Black-water fever - Number 35
Disease focus: Fever
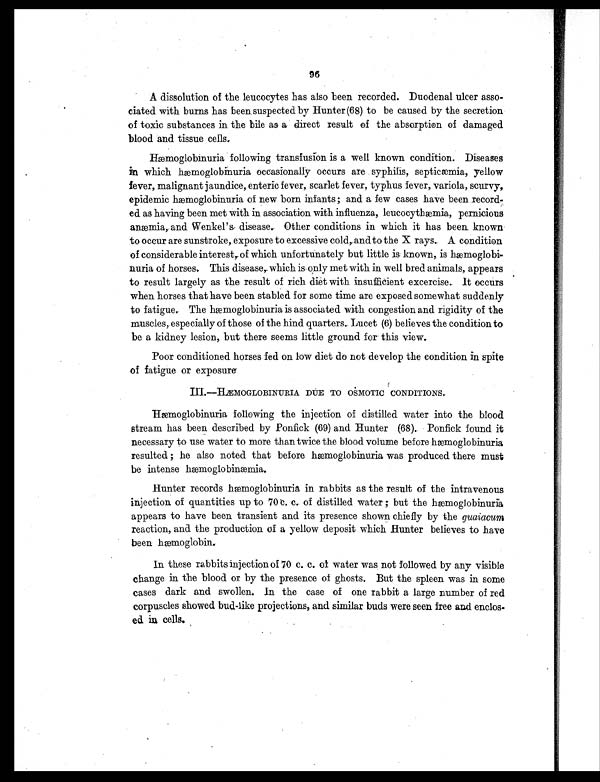
A dissolution of the leucocytes has also been recorded. Duodenal ulcer asso-
ciated with burns has been suspected by Hunter (68) to be caused by the secretion
of toxic substances in the bile as a direct result of the absorption of damaged
blood and tissue cells.
Hæmoglobinuria following transfusion is a well known condition. Diseases
in which hæmoglobinuria occasionally occurs are syphilis, septicæmia, yellow
fever, malignant jaundice, enteric fever, scarlet fever, typhus fever, variola, scurvy,
epidemic hæmoglobinuria of new born infants ; and a few cases have been record-
ed as having been met with in association with influenza, leucocythæmia, pernicious
anæmia, and Wenkel's disease. Other conditions in which it has been known
to occur are sunstroke, exposure to excessive cold, and to the X rays. A condition
of considerable interest, of which unfortunately but little is known, is hæmoglobi-
nuria of horses. This disease, which is only met with in well bred animals, appears
to result largely as the result of rich diet with insufficient excercise. It occurs
when horses that have been stabled for some time are exposed somewhat suddenly
to fatigue. The hæmoglobinuria is associated with congestion and rigidity of the
muscles, especially of those of the hind quarters. Lucet (6) believes the condition to
be a kidney lesion, but there seems little ground for this view.
Poor conditioned horses fed on low diet do not develop the condition in spite
of fatigue or exposure
Hæmoglobinuria following the injection of distilled water into the blood
stream has been described by Ponfick (69) and Hunter (68). Ponfick found it
necessary to use water to more than twice the blood volume before hæmoglobinuria
resulted ; he also noted that before hæmoglobinuria was produced there must
be intense hæmoglobinæmia.
Hunter records hæmoglobinuria in rabbits as the result of the intravenous
injection of quantities up to 70 c. c. of distilled water ; but the hæmoglobinuria
appears to have been transient and its presence shown chiefly by the guaiacum
reaction, and the production of a yellow deposit which Hunter believes to have
been hæmoglobin.
I n t h e s e r a b b i t s i n j e c t i o n o f 7 0 c . c . o f w a t e r w a s , n o t f o l l o w e d b y a n y v i s i b l e
change in the blood or by the presence of ghosts. But the spleen was in some
cases dark and swollen. In the case of one rabbit a large number of red
corpuscles showed bud-like projections, and similar buds were seen free and enclos-
ed in cells.